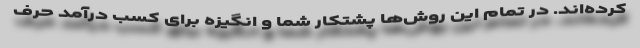
کرده‌اند. در تمام این روش‌ها پشتکار شما و انگیزه برای کسب درآمد حرف